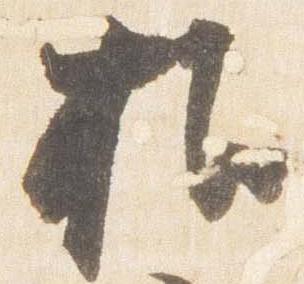
推